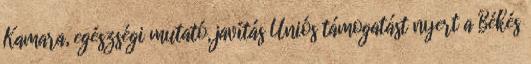
Kamara, egészségi mutató, javítás Uniós támogatást nyert a Békés